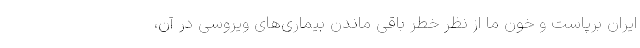
ایران برپاست و خون ما از نظر خطر باقی ماندن بیماری‌های ویروسی در آن،